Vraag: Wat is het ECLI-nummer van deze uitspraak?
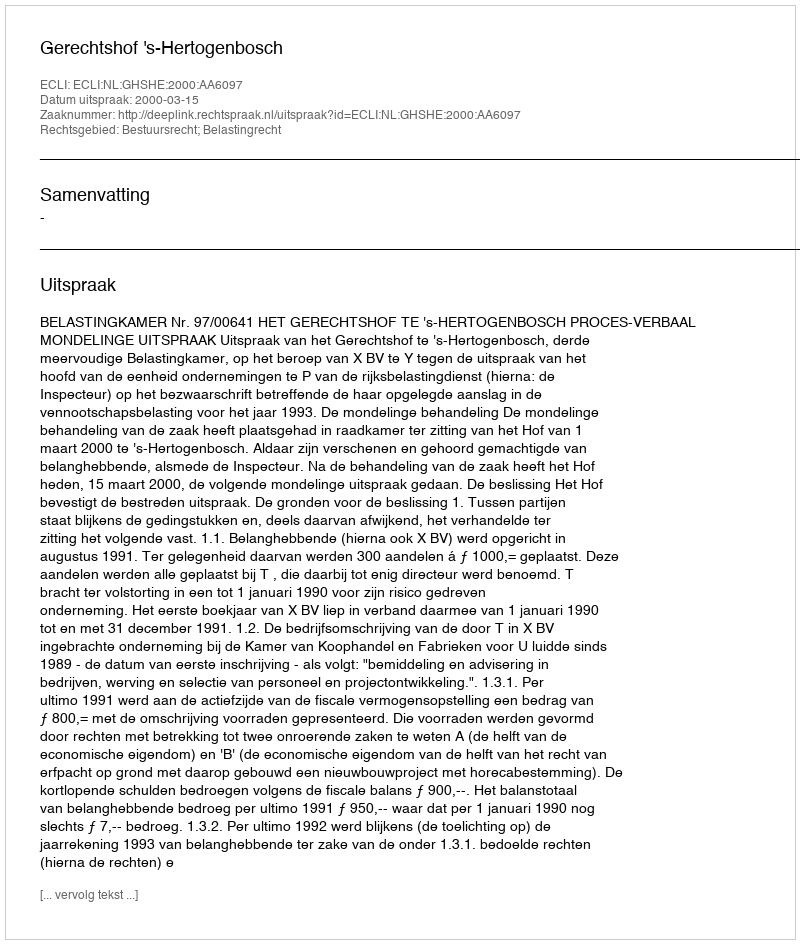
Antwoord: ECLI:NL:GHSHE:2000:AA6097